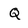
Character: Q